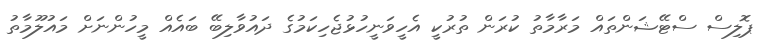
ޕޮލިސް ސްޓޭޝަންތައް މަރާމާތު ކުރަން ތުރުކީ އެހީވަނީހުޅުޖެހިކަމުގެ ދައުވާލިބޭ ބައެއް މީހުންނަށް މައުލޫމާތު